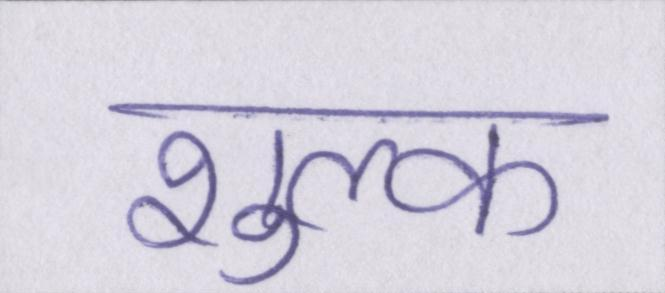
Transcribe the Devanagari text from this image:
शुल्क